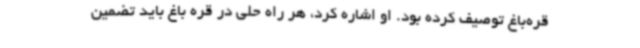
قره‌باغ توصیف کرده بود. او اشاره کرد، هر راه حلی در قره باغ باید تضمین